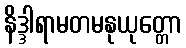
နိဒ္ဒါရာမတမနုယုတ္တော